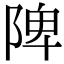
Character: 陴